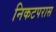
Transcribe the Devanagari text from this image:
निकटपरास